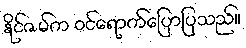
နိုင်ဇမ်က ဝင်ရောက်ပြောပြသည်။